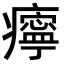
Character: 𤻝